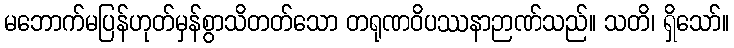
မဘောက်မပြန်ဟုတ်မှန်စွာသိတတ်သော တရုဏဝိပဿနာဉာဏ်သည်။ သတိ၊ ရှိသော်။